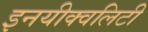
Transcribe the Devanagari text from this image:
इनयीक्वलिटी